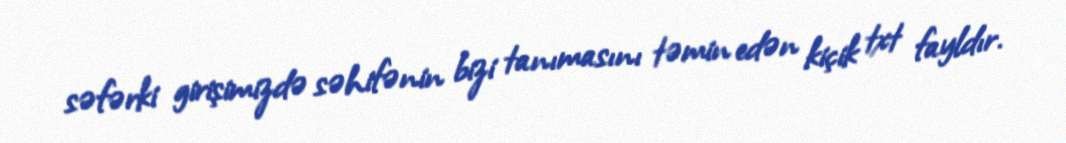
səfərki girişimizdə səhifənin bizi tanımasını təmin edən kiçik txt fayldır.